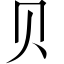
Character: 贝